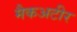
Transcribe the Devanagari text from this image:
मैकअटीर